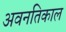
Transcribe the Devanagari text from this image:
अवनतिकाल